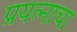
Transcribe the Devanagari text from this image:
प्रयत्‍नाचा